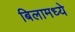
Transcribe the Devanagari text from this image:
बिलामध्ये